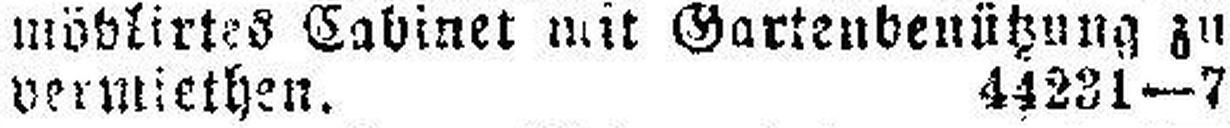
vermiethen. 44231—7